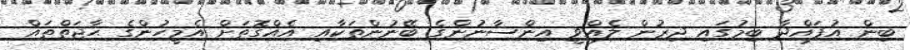
ބިން އުފައްދާ ބިމުގައި ދިރުން ލެއްވީ އިންސާނުންގެ ބޭނުންތަކާއި އެއްގޮތަށް އެމީހުންގެ ޙާޖަތްތައް